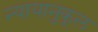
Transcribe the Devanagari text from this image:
न्यायानुकूल